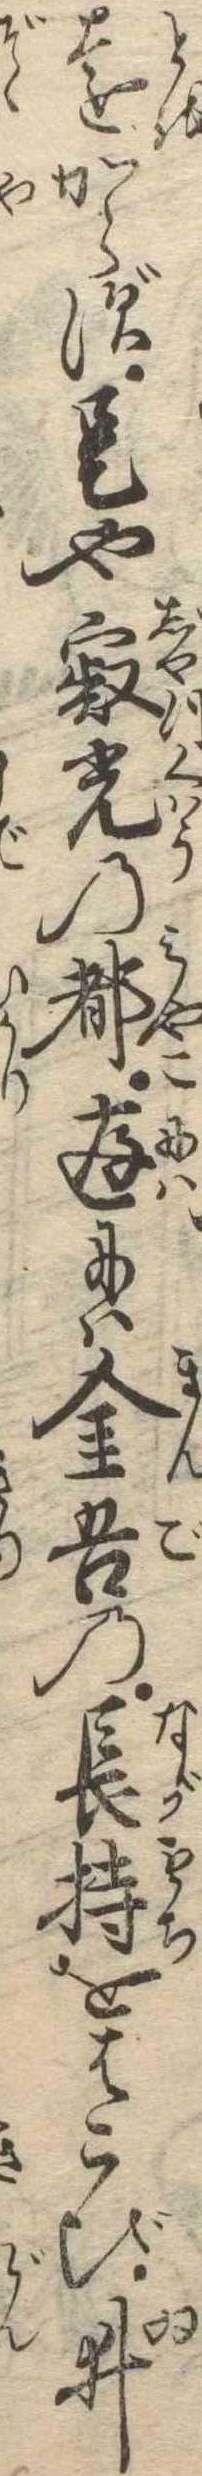
遠からず是や寂光の都庭には金吾の長持をはこび井